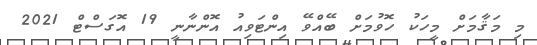
މި މަޤާމަށް މީހަކު ހޮވުމަށް ބޭއްވޭ އިންޓަވިއު އޮންނާނީ 19 އޮގަސްޓް 2021